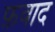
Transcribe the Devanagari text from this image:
फ़वाद